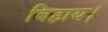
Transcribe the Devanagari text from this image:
बिहाय।